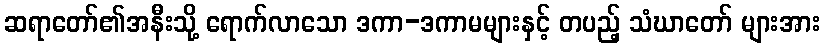
ဆရာတော်၏အနီးသို့ ရောက်လာသော ဒကာ-ဒကာမများနှင့် တပည့် သံဃာတော် များအား